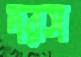
দরস